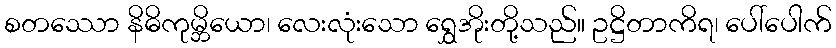
စတဿော နိဓိကုမ္ဘိယော၊ လေးလုံးသော ရွှေအိုးတို့သည်။ ဥဋ္ဌိတာကိရ၊ ပေါ်ပေါက်